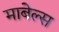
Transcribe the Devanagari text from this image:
माबेल्स